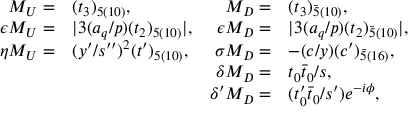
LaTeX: \begin{array} { r l r l } { { M _ { U } = } } & { { ( t _ { 3 } ) _ { 5 ( 1 0 ) } , } } & { { M _ { D } = } } & { { ( t _ { 3 } ) _ { \bar { 5 } ( 1 0 ) } , } } \\ { { \epsilon M _ { U } = } } & { { | 3 ( a _ { q } / p ) ( t _ { 2 } ) _ { 5 ( 1 0 ) } | , } } & { { \epsilon M _ { D } = } } & { { | 3 ( a _ { q } / p ) ( t _ { 2 } ) _ { \bar { 5 } ( 1 0 ) } | , } } \\ { { \eta M _ { U } = } } & { { ( y ^ { \prime } / s ^ { \prime \prime } ) ^ { 2 } ( t ^ { \prime } ) _ { 5 ( 1 0 ) } , } } & { { \sigma M _ { D } = } } & { { - ( c / y ) ( c ^ { \prime } ) _ { \bar { 5 } ( 1 6 ) } , } } \\ { { } } & { { } } & { { \delta M _ { D } = } } & { { t _ { 0 } \bar { t } _ { 0 } / s , } } \\ { { } } & { { } } & { { \delta ^ { \prime } M _ { D } = } } & { { ( t _ { 0 } ^ { \prime } \bar { t } _ { 0 } / s ^ { \prime } ) e ^ { - i \phi } , } } \end{array}